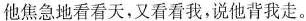
他焦急地看看天，又看看我，说他背我走。